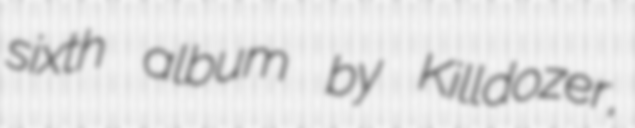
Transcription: sixth album by Killdozer,